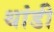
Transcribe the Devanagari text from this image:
थांडी